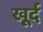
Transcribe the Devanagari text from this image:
खूर्द